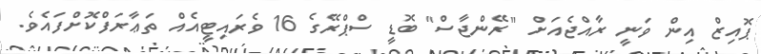
ޕޮއިޒް އިން ވަނީ ރާއްޖެއަށް "ރޭންޖާސް" ބޮޑީ ސްޕްރޭގެ 16 ވެރައިޓީއެއް ތަޢާރަފްކޮށްފައެވެ.